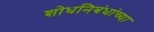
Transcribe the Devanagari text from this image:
शोधनिबंधांच्या